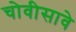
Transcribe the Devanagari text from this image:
चोवीसावे